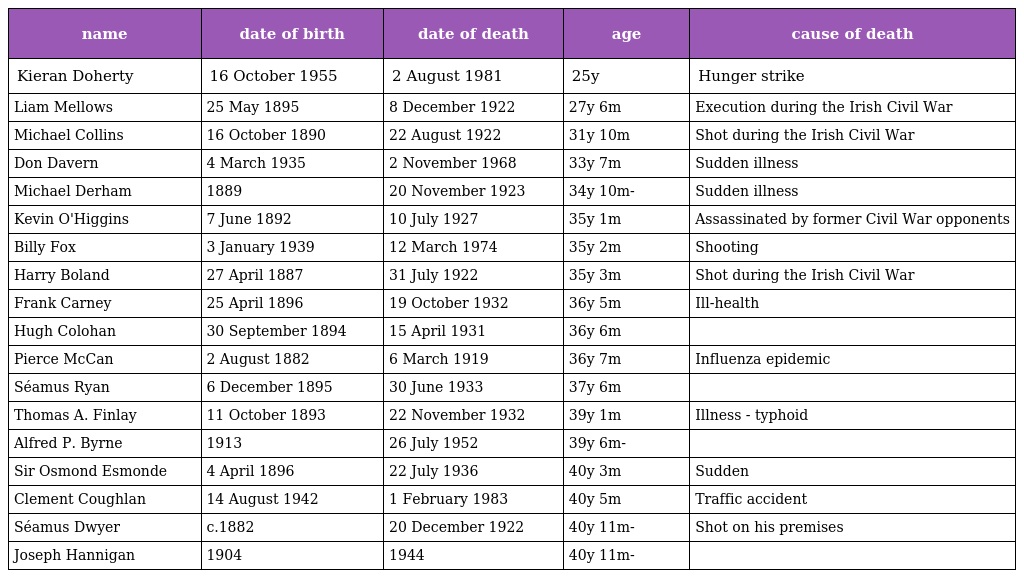
| name | date of birth | date of death | age | cause of death |
 | --- | --- | --- | --- | --- |
 | Kieran Doherty | 16 October 1955 | 2 August 1981 | 25y | Hunger strike |
 | Liam Mellows | 25 May 1895 | 8 December 1922 | 27y 6m | Execution during the Irish Civil War |
 | Michael Collins | 16 October 1890 | 22 August 1922 | 31y 10m | Shot during the Irish Civil War |
 | Don Davern | 4 March 1935 | 2 November 1968 | 33y 7m | Sudden illness |
 | Michael Derham | 1889 | 20 November 1923 | 34y 10m- | Sudden illness |
 | Kevin O'Higgins | 7 June 1892 | 10 July 1927 | 35y 1m | Assassinated by former Civil War opponents |
 | Billy Fox | 3 January 1939 | 12 March 1974 | 35y 2m | Shooting |
 | Harry Boland | 27 April 1887 | 31 July 1922 | 35y 3m | Shot during the Irish Civil War |
 | Frank Carney | 25 April 1896 | 19 October 1932 | 36y 5m | Ill-health |
 | Hugh Colohan | 30 September 1894 | 15 April 1931 | 36y 6m |  |
 | Pierce McCan | 2 August 1882 | 6 March 1919 | 36y 7m | Influenza epidemic |
 | Séamus Ryan | 6 December 1895 | 30 June 1933 | 37y 6m |  |
 | Thomas A. Finlay | 11 October 1893 | 22 November 1932 | 39y 1m | Illness - typhoid |
 | Alfred P. Byrne | 1913 | 26 July 1952 | 39y 6m- |  |
 | Sir Osmond Esmonde | 4 April 1896 | 22 July 1936 | 40y 3m | Sudden |
 | Clement Coughlan | 14 August 1942 | 1 February 1983 | 40y 5m | Traffic accident |
 | Séamus Dwyer | c.1882 | 20 December 1922 | 40y 11m- | Shot on his premises |
 | Joseph Hannigan | 1904 | 1944 | 40y 11m- |  |